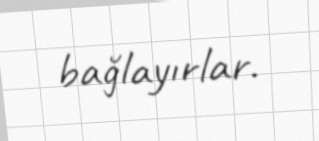
bağlayırlar.